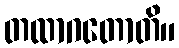
တထာဂတောတိ။